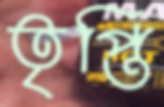
তৃপ্তি